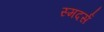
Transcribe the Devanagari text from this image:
स्मदर्स